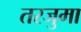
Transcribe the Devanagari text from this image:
तरजुमा